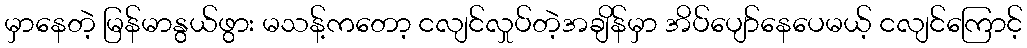
မှာနေတဲ့ မြန်မာနွယ်ဖွား မသန့်ကတော့ ငလျင်လှုပ်တဲ့အချိန်မှာ အိပ်ပျော်နေပေမယ့် ငလျင်ကြောင့်